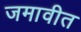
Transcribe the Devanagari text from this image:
जमावीत